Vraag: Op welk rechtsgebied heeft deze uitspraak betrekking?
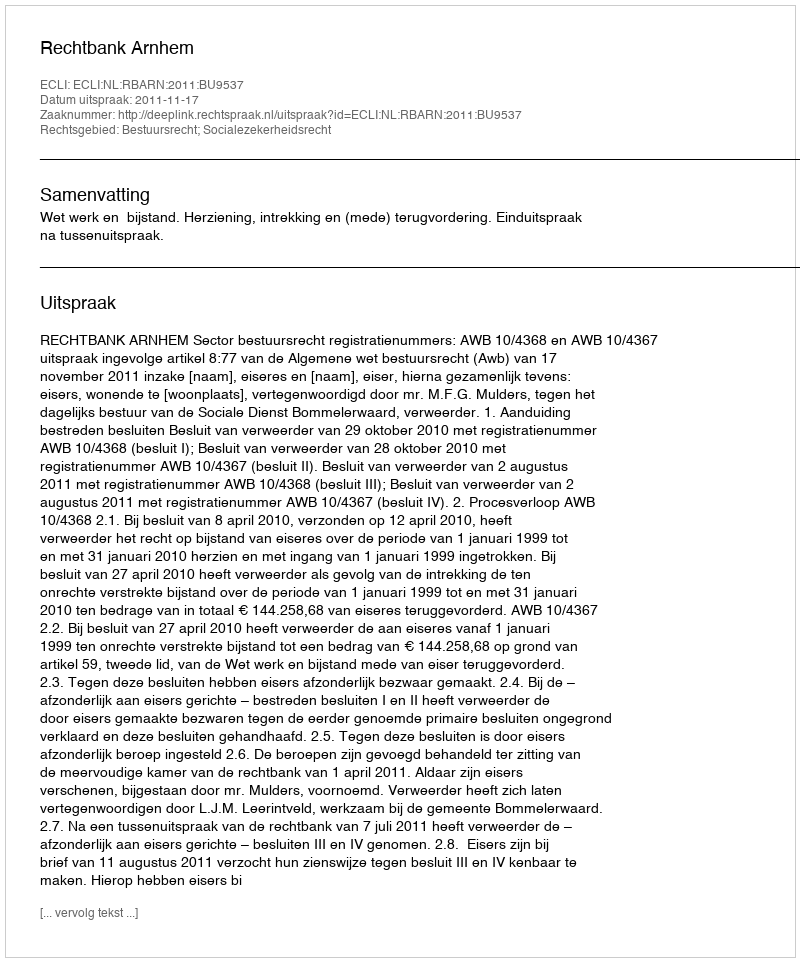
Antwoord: Bestuursrecht; Socialezekerheidsrecht